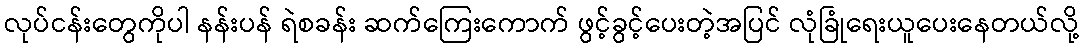
လုပ်ငန်းတွေကိုပါ နန်းပန် ရဲစခန်း ဆက်ကြေးကောက် ဖွင့်ခွင့်ပေးတဲ့အပြင် လုံခြုံရေးယူပေးနေတယ်လို့